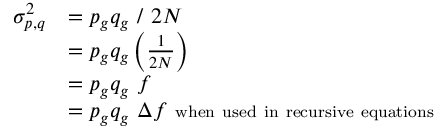
{ \begin{array} { r l } { \sigma _ { p , q } ^ { 2 } } & { = p _ { g } q _ { g } \ / \ 2 N } \\ & { = p _ { g } q _ { g } \left( { \frac { 1 } { 2 N } } \right) } \\ & { = p _ { g } q _ { g } \ f } \\ & { = p _ { g } q _ { g } \ \Delta f \ \scriptstyle { \mathrm { w h e n ~ u s e d ~ i n ~ r e c u r s i v e ~ e q u a t i o n s } } } \end{array} }